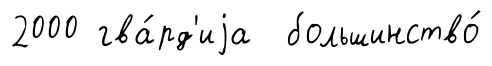
2000 гва́рд'иjа большинство́